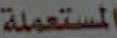
المستعملة